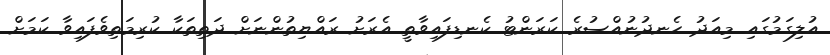
އުލިގަމުގައި މިއަދު ހެނދުނުއްސުރެ ކަރަންޓު ކެނޑިފައިވާތީ އެރަށު ރައްޔިތުންނަށް ދަތިތަކާ ކުރިމަތިވެފައިވާ ކަމަށް